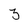
Character: 3